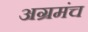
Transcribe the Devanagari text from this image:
अग्रमंच